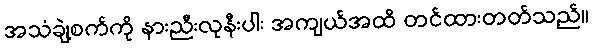
အသံချဲ့စက်ကို နားညီးလုနီးပါး အကျယ်အထိ တင်ထားတတ်သည်။